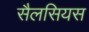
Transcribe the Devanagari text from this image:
सैलसियस